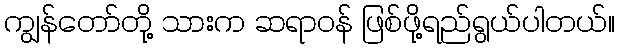
ကျွန်တော်တို့ သားက ဆရာဝန် ဖြစ်ဖို့ရည်ရွယ်ပါတယ်။